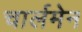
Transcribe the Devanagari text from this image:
चार्लमेन